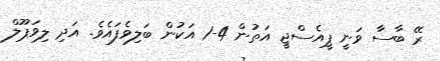
ރޭ ބާސާ ވަނީ ޕީއެސްޖީ އަތުން 4-1 އަކުން ބަލިވެފައެވެ. އަދި ލިވަޕޫލް